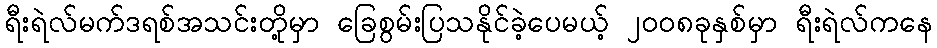
ရီးရဲလ်မက်ဒရစ်အသင်းတို့မှာ ခြေစွမ်းပြသနိုင်ခဲ့ပေမယ့် ၂၀၀၈ခုနှစ်မှာ ရီးရဲလ်ကနေ